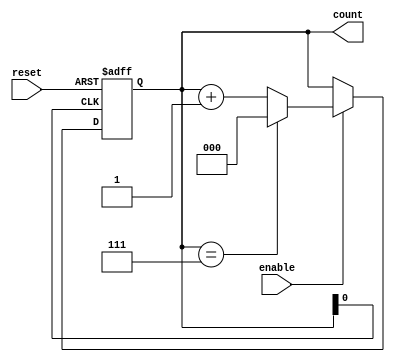
module mod_n_async_counter (
    input wire reset,       // Asynchronous reset input
    input wire enable,      // Enable signal to control counting
    output reg [2:0] count  // 3-bit output to represent the count (0 to 7)
);

// Combinational logic for determining the next state
always @(posedge count[0] or posedge reset) begin
    if (reset) begin
        count <= 3'b000; // Reset to 0
    end else if (enable) begin
        // Increment logic for the counter
        if (count == 3'b111) begin
            count <= 3'b000; // Reset to 0 after reaching 7 (N-1)
        end else begin
            count <= count + 1; // Increment the count
        end
    end
end

endmodule